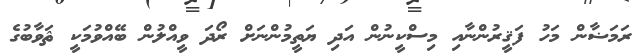
ރަމަޟާން މަހު ފަޤީރުންނާއި މިސްކީނުން އަދި ޔަތީމުންނަށް ރޯދަ ވީއްލުން ބޭއްވުމަކީ ޘަވާބުގެ